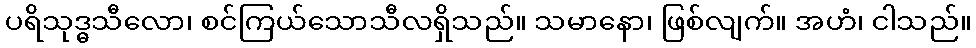
ပရိသုဒ္ဓသီလော၊ စင်ကြယ်သောသီလရှိသည်။ သမာနော၊ ဖြစ်လျက်။ အဟံ၊ ငါသည်။